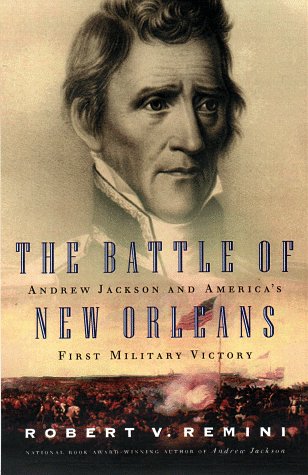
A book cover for The Battle of New Orleans: Andrew Jackson and America's First Military Victory; Robert V. Remini; History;